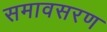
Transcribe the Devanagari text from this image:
समावसरण